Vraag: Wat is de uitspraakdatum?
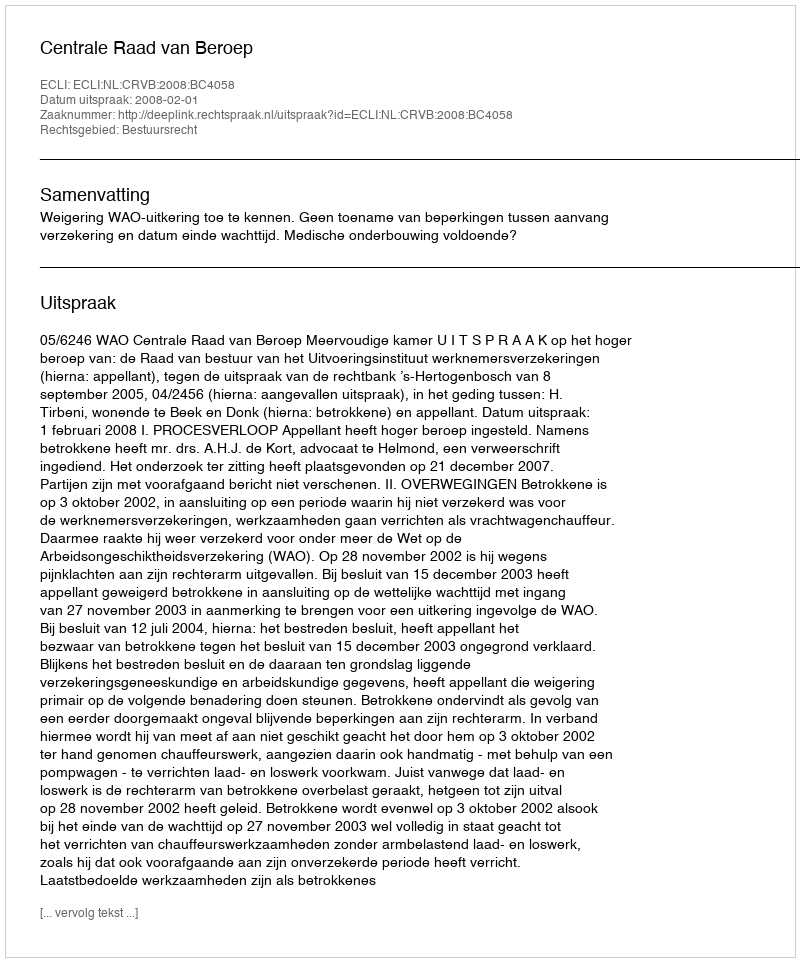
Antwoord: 2008-02-01